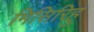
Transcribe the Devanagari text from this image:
मिसिरिहु